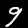
Label: 9